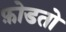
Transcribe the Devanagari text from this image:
फ़ोडतो